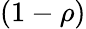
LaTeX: (1-\rho)